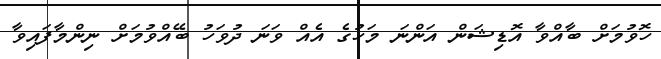
ހޮވުމަށް ބާއްވާ އޮޑިޝަން އަންނަ މަހުގެ އެއް ވަނަ ދުވަހު ބޭއްވުމަށް ނިންމާފައިވާ